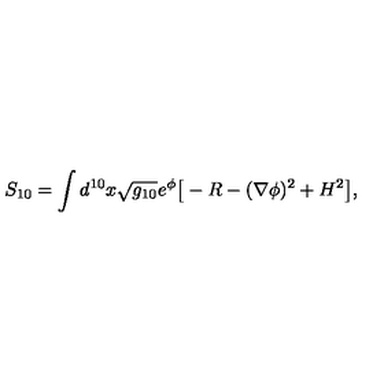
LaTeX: S _ { 1 0 } = \int d ^ { 1 0 } x \sqrt { g _ { 1 0 } } e ^ { \phi } \big [ - R - ( \nabla \phi ) ^ { 2 } + H ^ { 2 } \big ] ,